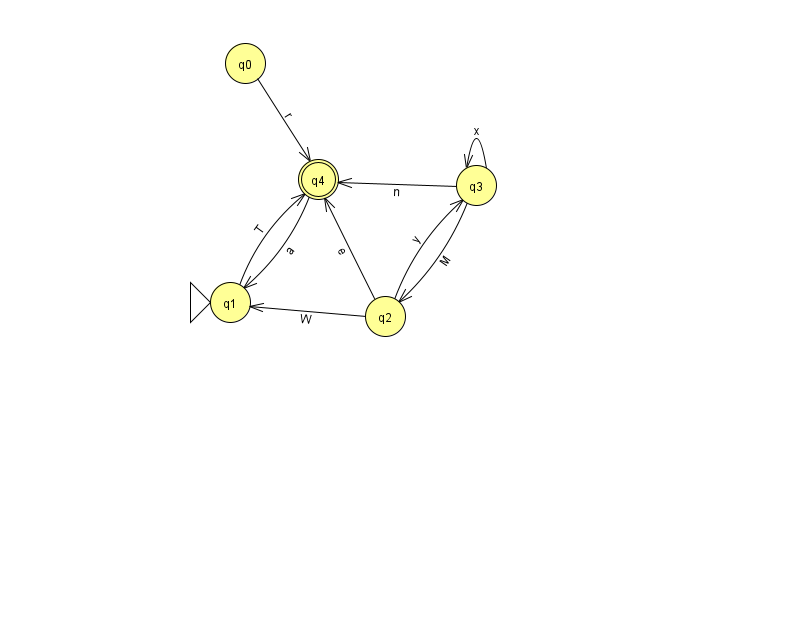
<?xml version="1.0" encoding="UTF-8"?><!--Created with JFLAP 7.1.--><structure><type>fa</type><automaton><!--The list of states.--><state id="0" name="q0"><x>245.0</x><y>50.0</y></state><state id="1" name="q1"><x>230.0</x><y>289.0</y><initial/></state><state id="2" name="q2"><x>385.0</x><y>303.0</y></state><state id="3" name="q3"><x>476.0</x><y>172.0</y></state><state id="4" name="q4"><x>318.0</x><y>166.0</y><final/></state><!--The list of transitions.--><transition><from>0</from><to>4</to><read>r</read></transition><transition><from>2</from><to>3</to><read>y</read></transition><transition><from>2</from><to>1</to><read>W</read></transition><transition><from>3</from><to>2</to><read>M</read></transition><transition><from>3</from><to>3</to><read>x</read></transition><transition><from>2</from><to>4</to><read>e</read></transition><transition><from>3</from><to>4</to><read>n</read></transition><transition><from>4</from><to>1</to><read>a</read></transition><transition><from>1</from><to>4</to><read>T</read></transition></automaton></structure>